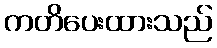
ကတိပေးထားသည်